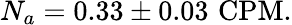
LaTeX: N_{a}=0.33\pm 0.03\, \, \mathrm{CPM}.